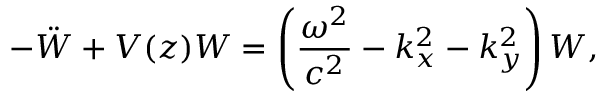
- \ddot { W } + V ( z ) W = \left( \frac { \omega ^ { 2 } } { c ^ { 2 } } - k _ { x } ^ { 2 } - k _ { y } ^ { 2 } \right) W ,